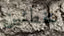
مخطئين